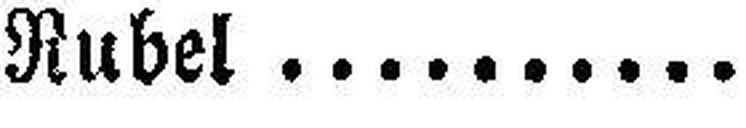
Rubel